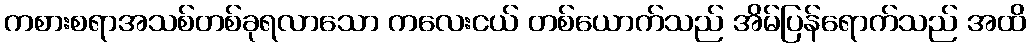
ကစားစရာအသစ်တစ်ခုရလာသော ကလေးငယ် တစ်ယောက်သည် အိမ်ပြန်ရောက်သည် အထိ